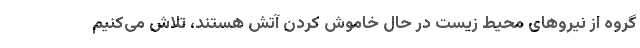
گروه از نیروهای محیط زیست در حال خاموش کردن آتش هستند، تلاش می‌کنیم